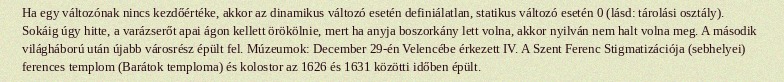
Ha egy változónak nincs kezdőértéke, akkor az dinamikus változó esetén definiálatlan, statikus változó esetén 0 (lásd: tárolási osztály). Sokáig úgy hitte, a varázserőt apai ágon kellett örökölnie, mert ha anyja boszorkány lett volna, akkor nyilván nem halt volna meg. A második világháború után újabb városrész épült fel. Múzeumok: December 29-én Velencébe érkezett IV. A Szent Ferenc Stigmatizációja (sebhelyei) ferences templom (Barátok temploma) és kolostor az 1626 és 1631 közötti időben épült.